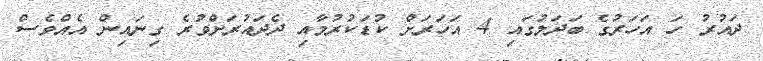
ދައުރު ހަ އަހަރުގެ ބަދަލުގައި 4 އަހަރަށް ކުޑަކުރުމާއި ދެދައުރަށްވުރެ ގިނައިން އެއްވެސް